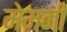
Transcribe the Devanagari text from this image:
मेमनी